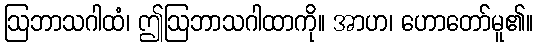
ဩဘာသဂါထံ၊ ဤဩဘာသဂါထာကို။ အာဟ၊ ဟောတော်မူ၏။